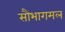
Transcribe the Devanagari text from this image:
सौभागमल